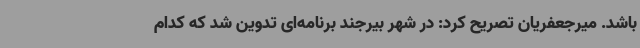
باشد. میرجعفریان تصریح کرد: در شهر بیرجند برنامه‌ای تدوین شد که کدام